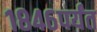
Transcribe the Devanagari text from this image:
१८४६पर्यंत